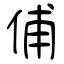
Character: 俌